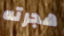
هجرته